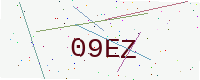
Text: 09EZ